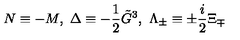
N \equiv - M , \ \Delta \equiv - \frac 1 2 \tilde { G } ^ { 3 } , \ \Lambda _ { \pm } \equiv \pm \frac i 2 \Xi _ { \mp }